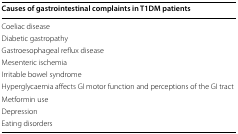
| Causes of gastrointestinal complaints in T1DM patients |
 | --- |
 | Coeliac disease |
 | Diabetic gastropathy |
 | Gastroesophageal reflux disease |
 | Mesenteric ischemia |
 | Irritable bowel syndrome |
 | Hyperglycaemia affects GI motor function and perceptions of the GI tract |
 | Metformin use |
 | Depression |
 | Eating disorders |